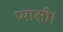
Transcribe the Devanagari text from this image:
प्यासी।